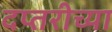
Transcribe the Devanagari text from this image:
दप्तरीच्या